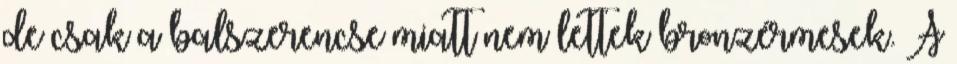
de csak a balszerencse miatt nem lettek bronzérmesek. A